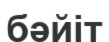
бәйіт